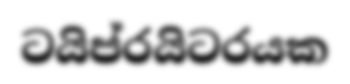
ටයිප්රයිටරයක